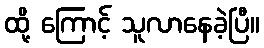
ထို့ ကြောင့် သူလာနေခဲ့ပြီ။